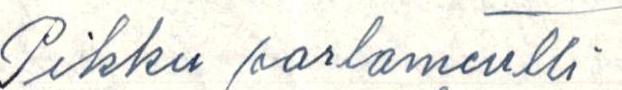
Pikku parlamentti